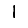
Digit: 1